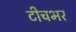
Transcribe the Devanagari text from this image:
टीचभर